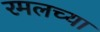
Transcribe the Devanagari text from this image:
रमलच्या